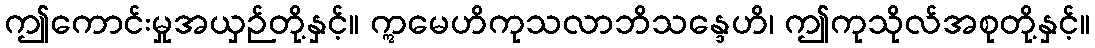
ဤကောင်းမှုအယှဉ်တို့နှင့်။ ဣမေဟိကုသလာဘိသန္ဒေဟိ၊ ဤကုသိုလ်အစုတို့နှင့်။